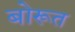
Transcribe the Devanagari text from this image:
बोरूत